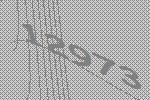
12973